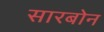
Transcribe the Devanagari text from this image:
सारबोन